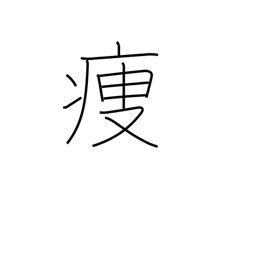
Meaning: get thin